Report of an investigation of the epidemic of malarial fever in Assam, or, kala-azar
Disease focus: Malaria
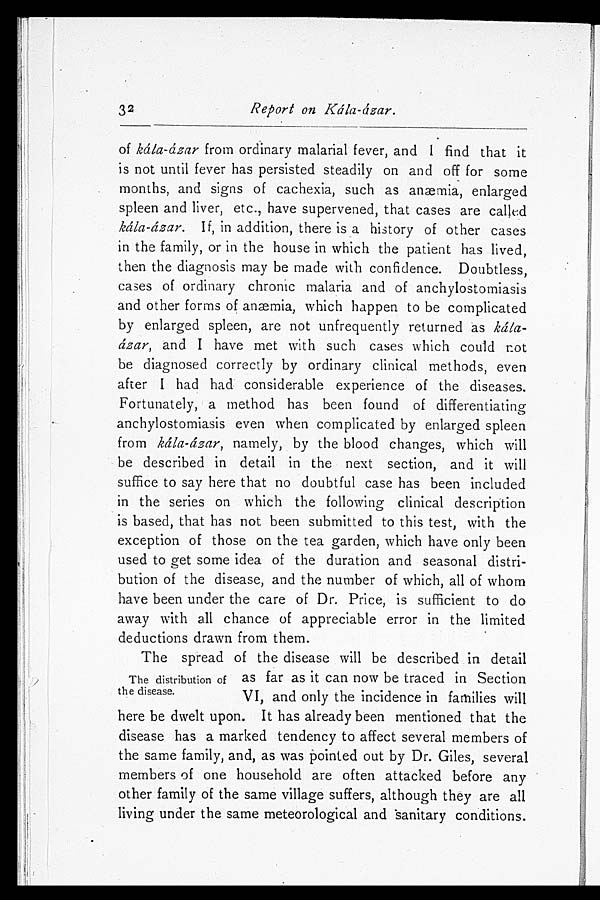
32
Report on Kála-ázar.
of kála-ázar from ordinary malarial fever, and I find that it
is not until fever has persisted steadily on and off for some
months, and signs of cachexia, such as anemia, enlarged
spleen and liver, etc., have supervened, that cases are called
kála-ázar. If, in addition, there is a history of other cases
in the family, or in the house in which the patient has lived,
then the diagnosis may be made with confidence. Doubtless,
cases of ordinary chronic malaria and of anchylostomiasis
and other forms of anæmia, which happen to be complicated
by enlarged spleen, are not unfrequently returned as káia
-ázar, and I have met with such cases which could not
be diagnosed correctly by ordinary clinical methods, even
after I had had considerable experience of the diseases.
Fortunately, a method has been found of differentiating
anchylostomiasis even when complicated by enlarged spleen
from kála-ázar, namely, by the blood changes, which will
be described in detail in the next section, and it will
suffice to say here that no doubtful case has been included
in the series on which the following clinical description
is based, that has not been submitted to this test, with the
exception of those on the tea garden, which have only been
used to get some idea of the duration and seasonal distri
-bution of the disease, and the number of which, all of whom
have been under the care of Dr. Price, is sufficient to do
away with all chance of appreciable error in the limited
deductions drawn from them.
The spread of the disease will be described in detail
as far as it can now be traced in Section
VI, and only the incidence in families will
here be dwelt upon. It has already been mentioned that the
disease has a marked tendency to affect several members of
the same family, and, as was pointed out by Dr. Giles, several
members of one household are often attacked before any
other family of the same village suffers, although they are all
living under the same meteorological and sanitary conditions.
The distribution of
the disease.